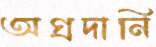
অগ্রদানি